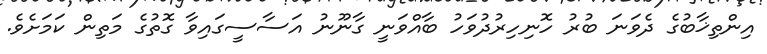
އިންތިޚާބުގެ ދެވަނަ ބުރު ހޮނިހިރުދުވަހު ބާއްވަނީ ގާނޫނު އަސާސީގައިވާ ގޮތުގެ މަތިން ކަމަށެވެ.